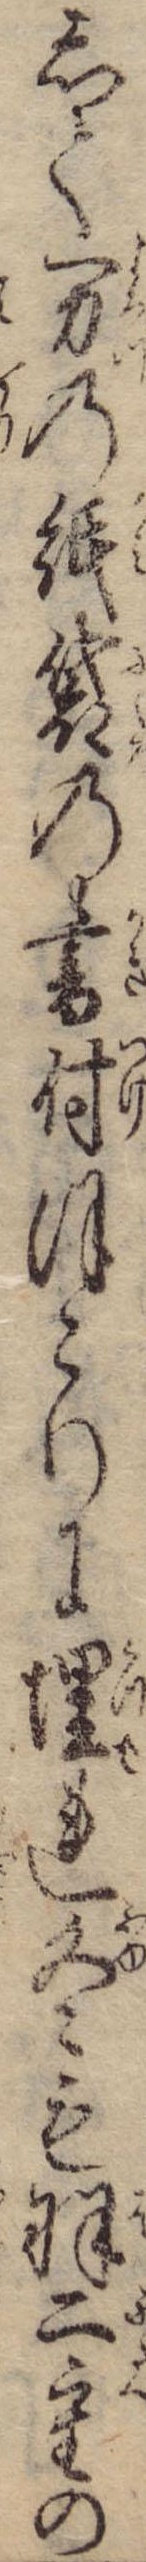
して万の紙袋の書付ほこりに埋れ冬も羽二重の